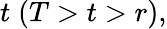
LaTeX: t\; (T>t>r),